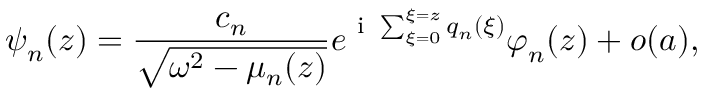
\boldsymbol { \psi } _ { n } ( z ) = \frac { c _ { n } } { \sqrt { \omega ^ { 2 } - \mu _ { n } ( z ) } } e ^ { \mathrm { ~ i ~ } \sum _ { \xi = 0 } ^ { \xi = z } q _ { n } ( \xi ) } \boldsymbol { \varphi } _ { n } ( z ) + o ( a ) ,